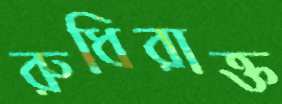
রুধিরাক্ত